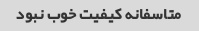
متاسفانه کیفیت خوب نبود